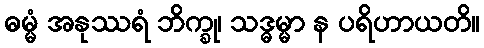
ဓမ္မံ အနုဿရံ ဘိက္ခု၊ သဒ္ဓမ္မာ န ပရိဟာယတိ။